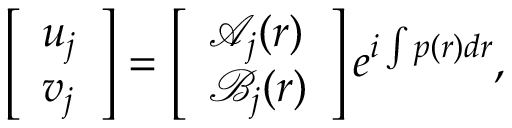
\left[ \begin{array} { l } { u _ { j } } \\ { v _ { j } } \end{array} \right] = \left[ \begin{array} { l } { \mathcal { A } _ { j } ( r ) } \\ { \mathcal { B } _ { j } ( r ) } \end{array} \right] e ^ { i \int p ( r ) d r } ,